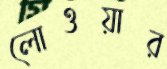
লোওয়ার